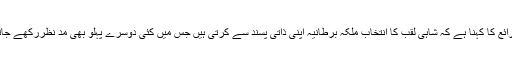
شاہی ذرائع کا کہنا ہے کہ شاہی لقب کا انتخاب ملکہ برطانیہ اپنی ذاتی پسند سے کرتی ہیں جس میں کئی دوسرے پہلو بھی مد نظررکھے جاتے ہیں۔